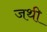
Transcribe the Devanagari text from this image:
जथी